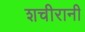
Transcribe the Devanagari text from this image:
शचीरानी